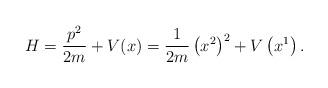
LaTeX: \begin{align*} H=\frac{p^2}{2m}+V(x)=\frac{1}{2m}\left(x^2\right)^2+V\left(x^1\right).\end{align*}